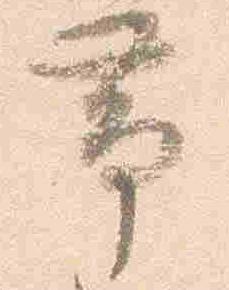
帯